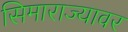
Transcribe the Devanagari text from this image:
सिमाराज्यावर